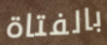
بالفتاة